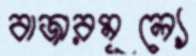
বাজারমূল্যে